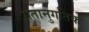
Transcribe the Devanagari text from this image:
गतानुगतिक